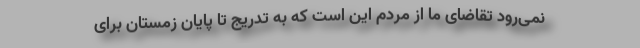
نمی‌رود تقاضای ما از مردم این است که به تدریج تا پایان زمستان برای